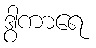
ဒွါကာရေ